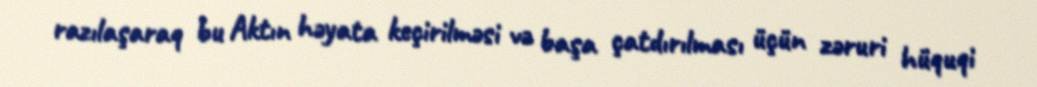
razılaşaraq bu Aktın həyata keçirilməsi və başa çatdırılması üçün zəruri hüquqi